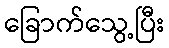
ခြောက်သွေ့ပြီး